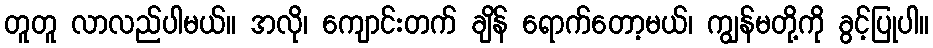
တူတူ လာလည်ပါမယ်။ အလို၊ ကျောင်းတက် ချိန် ရောက်တော့မယ်၊ ကျွန်မတို့ကို ခွင့်ပြုပါ။